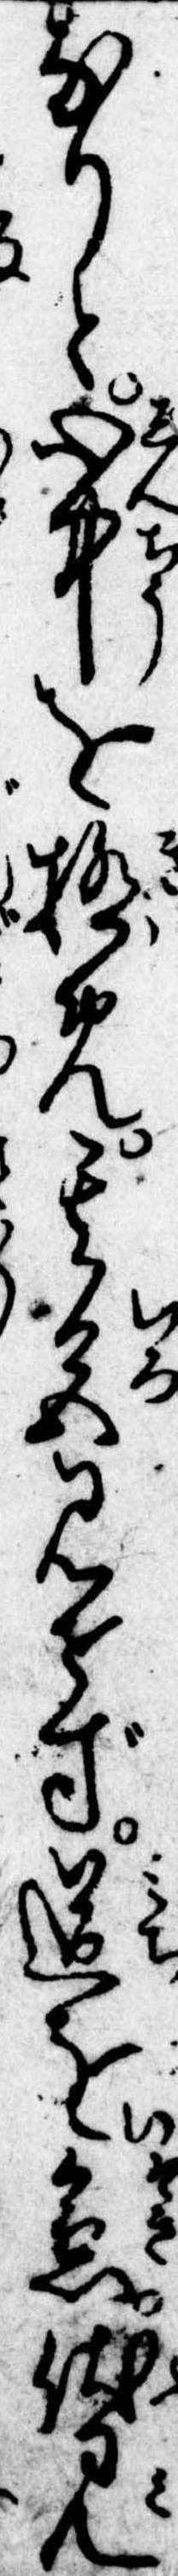
なりと心中を極め其色見せず道を急伏見